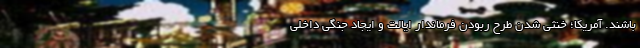
باشند. آمریکا؛ خنثی شدن طرح ربودن فرماندار ایالت و ایجاد جنگی داخلی